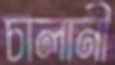
চালানী